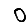
Digit: 0